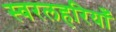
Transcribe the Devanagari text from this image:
स्वरलहरियाँ